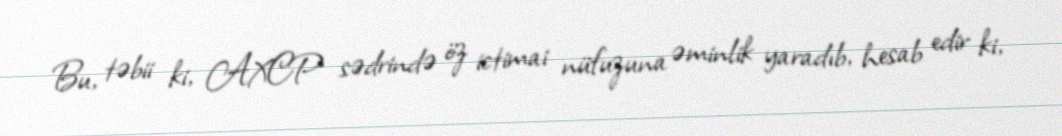
Bu, təbii ki, AXCP sədrində öz ictimai nüfuzuna əminlik yaradıb, hesab edir ki,